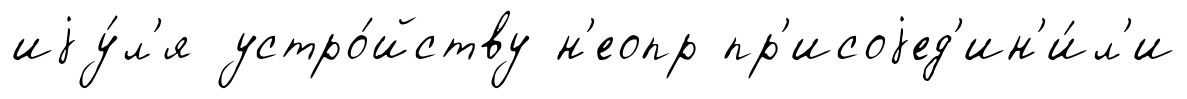
иjу́л'я устро́йству н'еопр пр'исоjед'ин'и́л'и